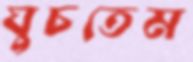
ঘুচতেম